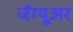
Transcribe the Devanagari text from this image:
जॅग्यूअर